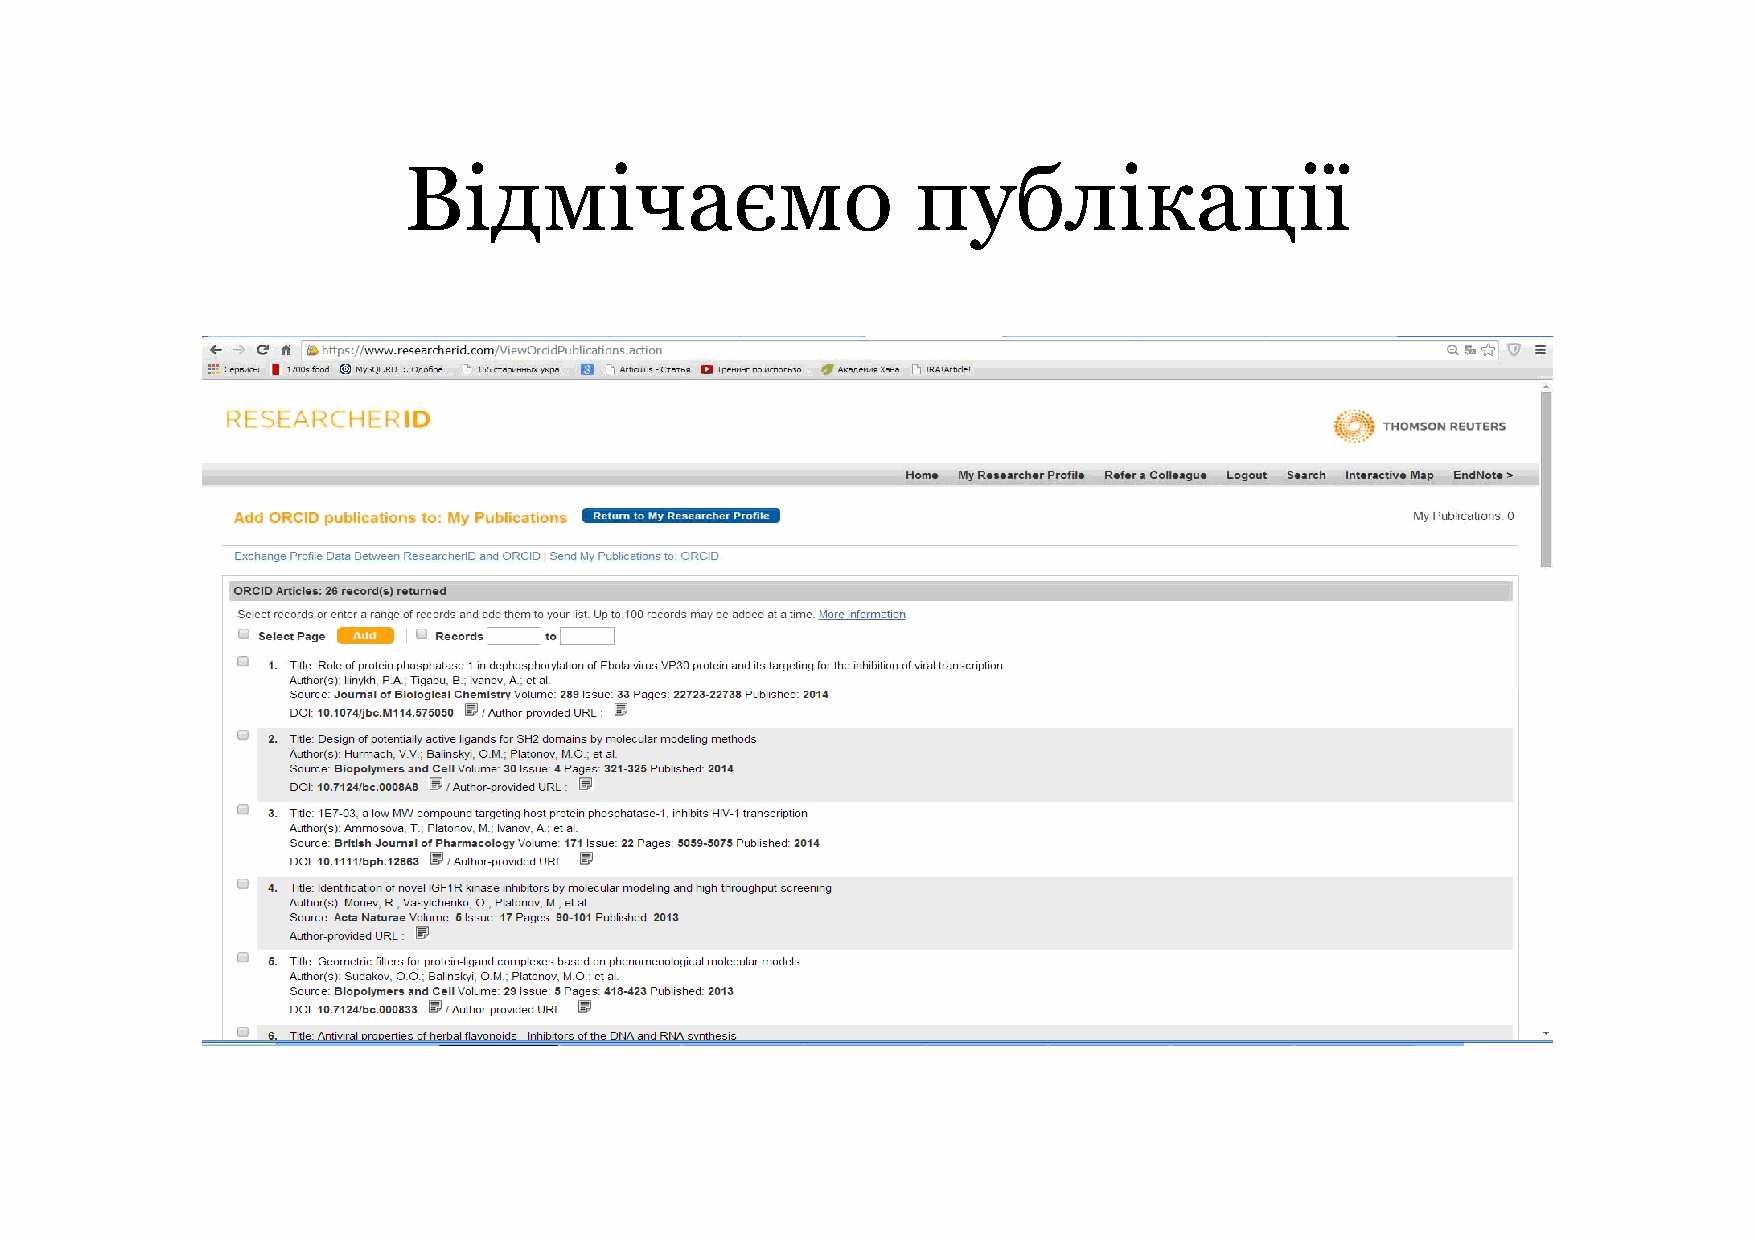
Відмічаємо                        публікації